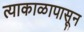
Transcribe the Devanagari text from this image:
त्याकाळापासून